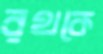
রথকে